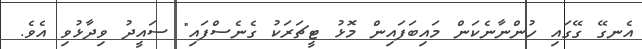
އެނގޭ ގޭގައި ހުންނާނެކަން މައިބަފައިން މޮޅު ޓީޗަރަކު ގެނެސްފައި" ސައީދު ވިދާޅުވި އެވެ.